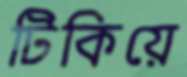
টিকিয়ে